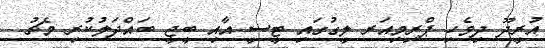
އުރީދޫ ދިވެހި ޕްރިމިއަރ ލީގުގައި ޓީސީ އާއި ބީޖީ ބައްދަލުކުރި މެޗު